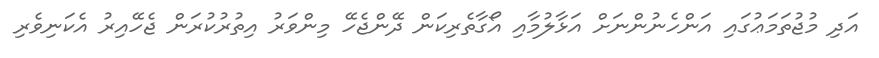
އަދި މުޖުތަމަޢުގައި އަންހެނުންނަށް އަޅާލުމާއި އޯގާތެރިކަން ދޭންޖެހޭ މިންވަރު އިތުރުކުރަން ޖެހޭއިރު އެކަނިވެރި